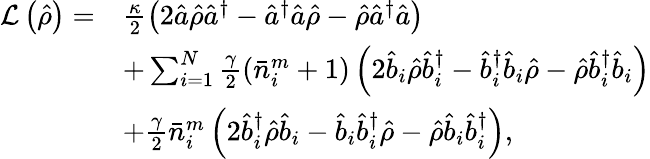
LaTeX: \begin{array}{rl}{\mathcal{L}\left(\hat{\rho}\right)=}&{\frac{\kappa}{2}\left(2\hat{a}\hat{\rho}\hat{a}^{\dagger}-\hat{a}^{\dagger}\hat{a}\hat{\rho}-\hat{\rho}\hat{a}^{\dagger}\hat{a}\right)}\\ &{+\sum_{i=1}^{N}\frac{\gamma}{2}\left(\bar{n}_{i}^{m}+1\right)\left(2\hat{b}_{i}\hat{\rho}\hat{b}_{i}^{\dagger}-\hat{b}_{i}^{\dagger}\hat{b}_{i}\hat{\rho}-\hat{\rho}\hat{b}_{i}^{\dagger}\hat{b}_{i}\right)}\\ &{+\frac{\gamma}{2}\bar{n}_{i}^{m}\left(2\hat{b}_{i}^{\dagger}\hat{\rho}\hat{b}_{i}-\hat{b}_{i}\hat{b}_{i}^{\dagger}\hat{\rho}-\hat{\rho}\hat{b}_{i}\hat{b}_{i}^{\dagger}\right),}\end{array}